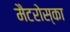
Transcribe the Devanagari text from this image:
मैटरोस्का